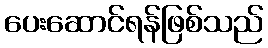
ပေးဆောင်ရန်ဖြစ်သည်